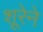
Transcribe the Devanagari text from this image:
शूरेने